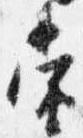
当